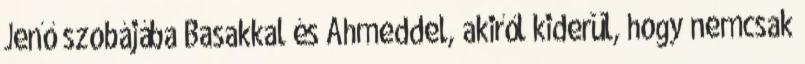
Jenő szobájába Basakkal és Ahmeddel, akiről kiderül, hogy nemcsak